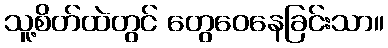
သူ့စိတ်ထဲတွင် တွေဝေနေခြင်းသာ။